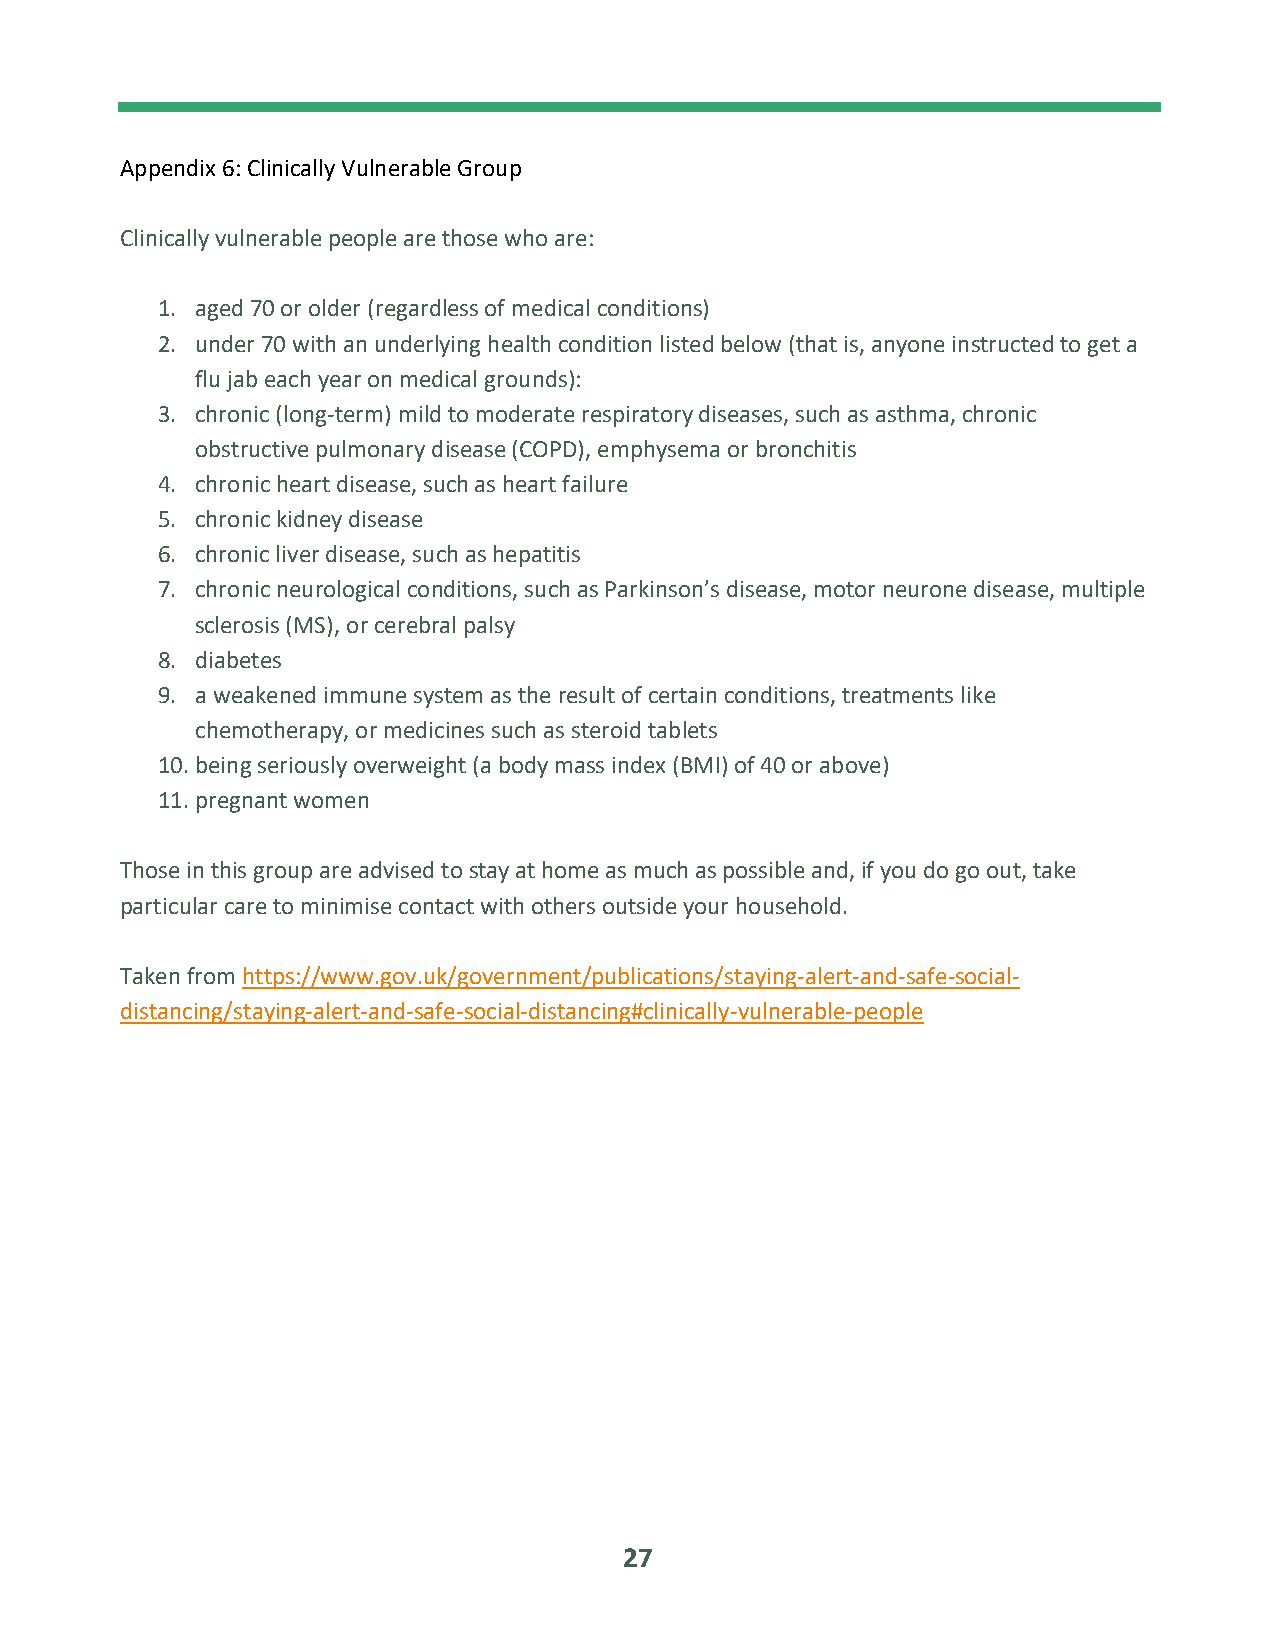
Appendix 6: Clinically Vulnerable Group
 Clinically vulnerable people are those who are:
 1. aged 70 or older (regardless of medical conditions)
 2. under 70 with an underlying health condition listed below (that is, anyone instructed to get a
 flu jab each year on medical grounds):
 3. chronic (long-term) mild to moderate respiratory diseases, such as asthma, chronic
 obstructive pulmonary disease (COPD), emphysema or bronchitis
 4. chronic heart disease, such as heart failure
 5. chronic kidney disease
 6. chronic liver disease, such as hepatitis
 7. chronic neurological conditions, such as Parkinson’s disease, motor neurone disease, multiple
 sclerosis (MS), or cerebral palsy
 8. diabetes
 9. a weakened immune system as the result of certain conditions, treatments like
 chemotherapy, or medicines such as steroid tablets
 10. being seriously overweight (a body mass index (BMI) of 40 or above)
 11. pregnant women
 Those in this group are advised to stay at home as much as possible and, if you do go out, take
 particular care to minimise contact with others outside your household.
 Taken from https://www.gov.uk/government/publications/staying-alert-and-safe-social-
 distancing/staying-alert-and-safe-social-distancing#clinically-vulnerable-people
 27